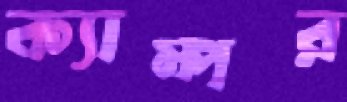
ক্যাম্পর